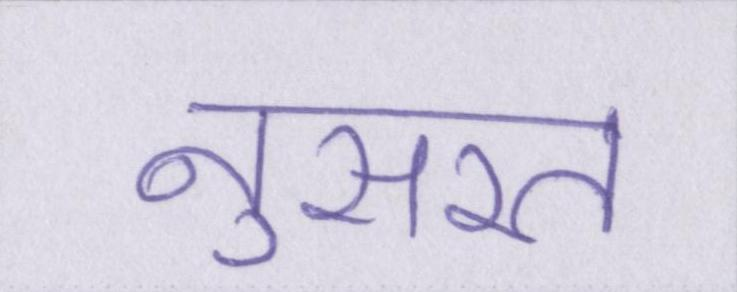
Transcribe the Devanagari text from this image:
नुसरत